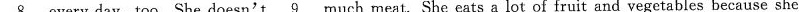
\underline{8} every day,too. She doesn't \underline{9} much meat. She eats a lot of fruit and vegetables because she